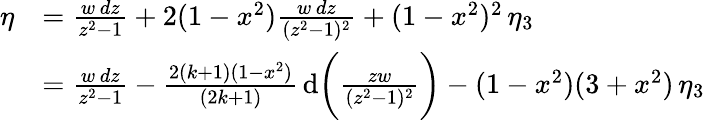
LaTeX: \begin{array}{rl}{\eta}&{=\frac{w\, dz}{z^{2}-1}+2(1-x^{2})\frac{w\, dz}{(z^{2}-1)^{2}}+(1-x^{2})^{2}\, \eta_{3}}\\ &{=\frac{w\, dz}{z^{2}-1}-\frac{2(k+1)(1-x^{2})}{(2k+1)}\, \mathrm{d}\bigg(\frac{zw}{(z^{2}-1)^{2}}\bigg)-(1-x^{2})(3+x^{2})\, \eta_{3}}\end{array}